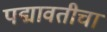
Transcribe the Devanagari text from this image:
पद्मावतीचा